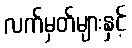
လက်မှတ်များနှင့်